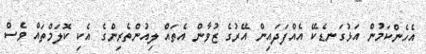
އެހެންކަމުން އަޅުގަނޑެކޭ އެއްފަދައިން އޭރުގެ ޒުވާން އެތައް ލިއުންތެރިންގެ އެކި ކޮލަމްތައް ވެސް